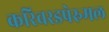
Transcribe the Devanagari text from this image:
करिवरडपेरुमल